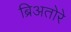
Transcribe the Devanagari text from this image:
ब्रिअतोरे